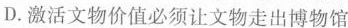
D. 激活文物价值必须让文物走出博物馆